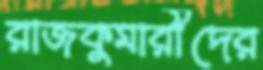
রাজকুমারীদের